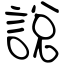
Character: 說